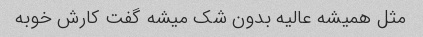
مثل همیشه عالیه بدون شک میشه گفت کارش خوبه